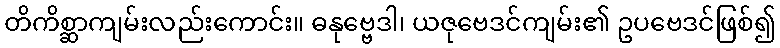
တိကိစ္ဆာကျမ်းလည်းကောင်း။ ဓနုဗ္ဗေဒါ၊ ယဇုဗေဒင်ကျမ်း၏ ဥပဗေဒင်ဖြစ်၍